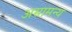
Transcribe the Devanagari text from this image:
असामन्य